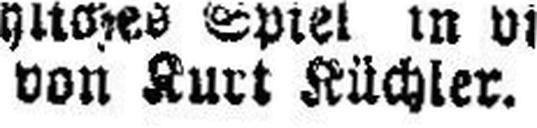
von Kurt Küchler